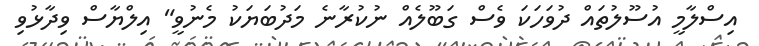
އިސްލާމީ އުސޫލުތައް ދުވަހަކަ ވެސް ގަބޫލެއް ނުކުރާނެ މަދުބަޔަކު މެނުވީ" އިލްޔާސް ވިދާޅުވި